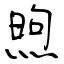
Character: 煦